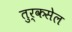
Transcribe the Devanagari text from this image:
तुर्कसेल